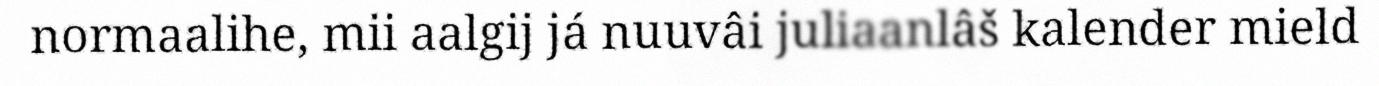
normaalihe, mii aalgij já nuuvâi juliaanlâš kalender mield